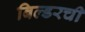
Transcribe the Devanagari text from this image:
बिल्डरची